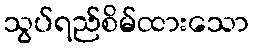
သွပ်ရည်စိမ်ထားသော